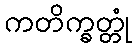
ကတိက္ခတ္တုံ